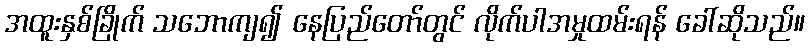
အထူးနှစ်ခြိုက် သဘောကျ၍ နေပြည်တော်တွင် လိုက်ပါအမှုထမ်းရန် ခေါ်ဆိုသည်။